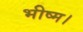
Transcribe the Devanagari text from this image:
भीष्म।